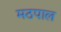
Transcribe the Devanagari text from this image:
मठपाल